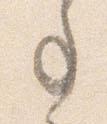
事